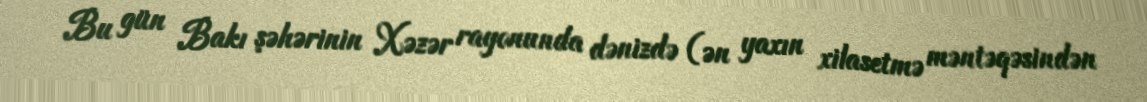
Bu gün Bakı şəhərinin Xəzər rayonunda dənizdə (ən yaxın xilasetmə məntəqəsindən